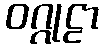
ဝဂ္ဂုဠာ